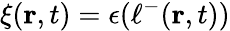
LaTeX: \xi(\mathbf{r},t)=\epsilon(\ell^{-}(\mathbf{r},t))